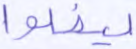
ليضلوا